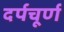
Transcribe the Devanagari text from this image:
दर्पचूर्ण